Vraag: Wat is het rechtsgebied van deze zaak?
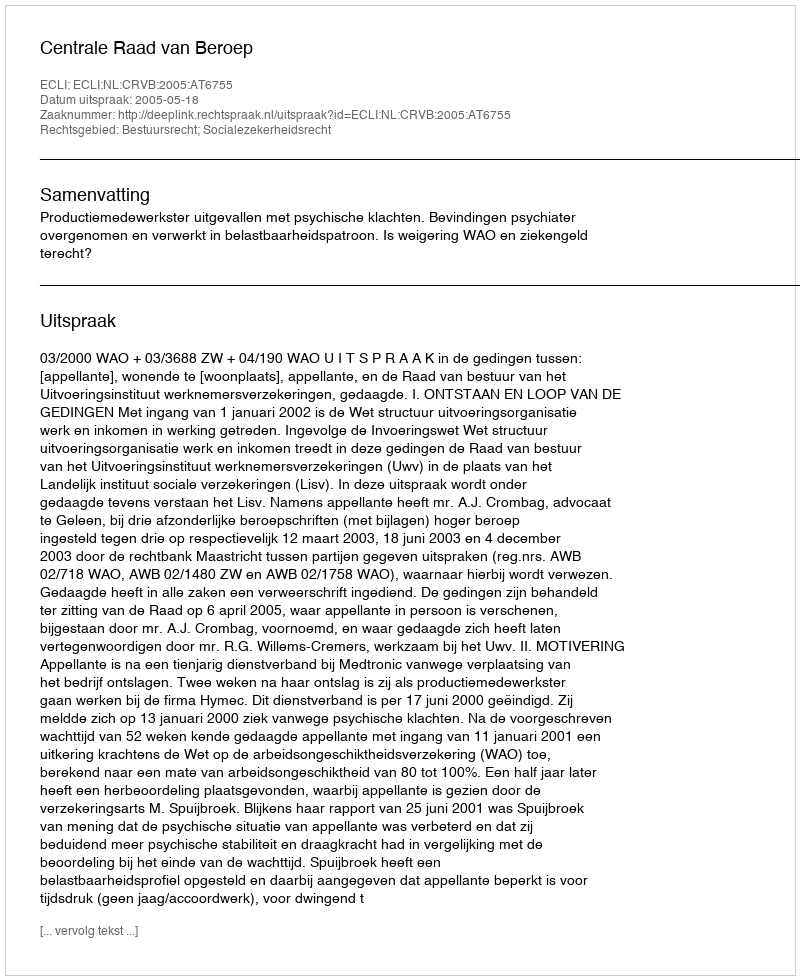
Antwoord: Bestuursrecht; Socialezekerheidsrecht